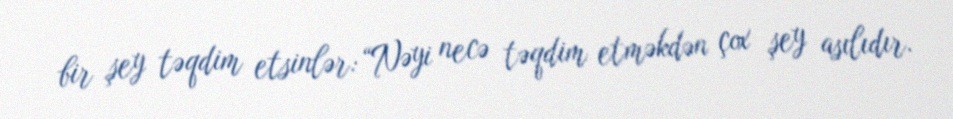
bir şey təqdim etsinlər: “Nəyi necə təqdim etməkdən çox şey asılıdır.